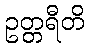
ဥတ္တရီတိ